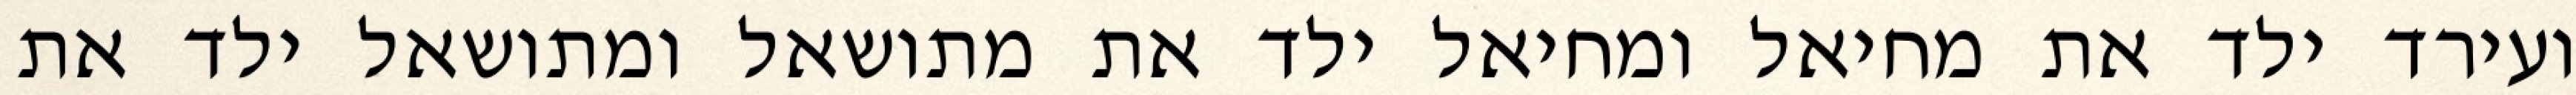
ועירד ילד את מחיאל ומחיאל ילד את מתושאל ומתושאל ילד את